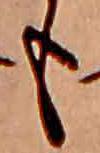
も